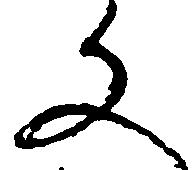
文